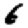
Digit: 6